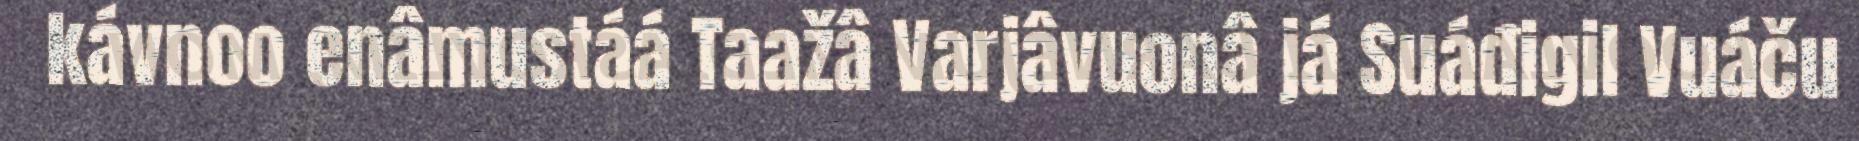
kávnoo enâmustáá Taažâ Varjâvuonâ já Suáđigil Vuáču